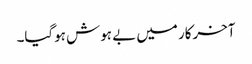
آخرکار میں بے ہوش ہوگیا۔